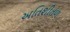
અતિશીતળ